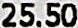
25.50